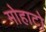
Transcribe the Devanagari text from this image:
मोहाटो